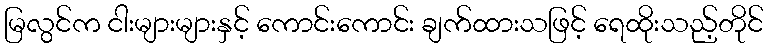
မြလွင်က ငါးများများနှင့် ကောင်းကောင်း ချက်ထားသဖြင့် ရေထိုးသည့်တိုင်